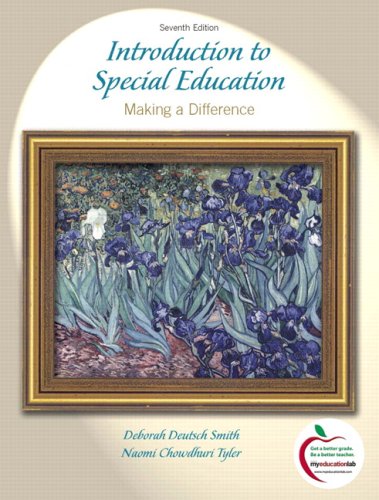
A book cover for Introduction to Special Education: Making A Difference (7th Edition); Deborah Deutsch Smith; Education & Teaching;